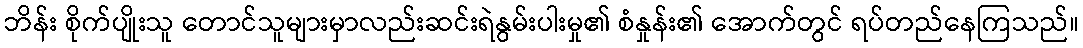
ဘိန်း စိုက်ပျိုးသူ တောင်သူများမှာလည်းဆင်းရဲနွမ်းပါးမှု၏ စံနှုန်း၏ အောက်တွင် ရပ်တည်နေကြသည်။